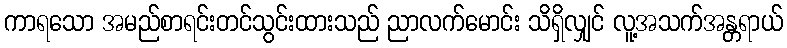
ကာရသော အမည်စာရင်းတင်သွင်းထားသည် ညာလက်မောင်း သိရှိလျှင် လူ့အသက်အန္တရာယ်